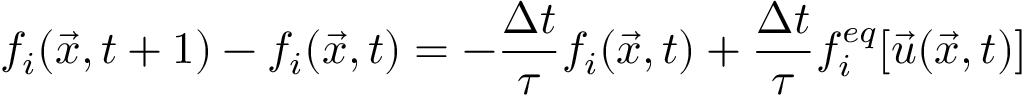
f _ { i } ( \vec { x } , t + 1 ) - f _ { i } ( \vec { x } , t ) = - \frac { \Delta t } { \tau } f _ { i } ( \vec { x } , t ) + \frac { \Delta t } { \tau } f _ { i } ^ { e q } [ \vec { u } ( \vec { x } , t ) ]